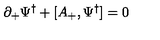
\partial _ { + } { \Psi ^ { \dagger } } + [ A _ { + } , { \Psi ^ { \dagger } } ] = 0